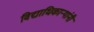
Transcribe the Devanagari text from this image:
विद्याधिकार्‍यांनी